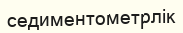
седиментометрлік